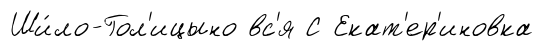
Ши́ло-Гол'ицыно вс'я С Екат'ер'иновка